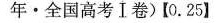
年·全国高考Ⅰ卷)【0.25】